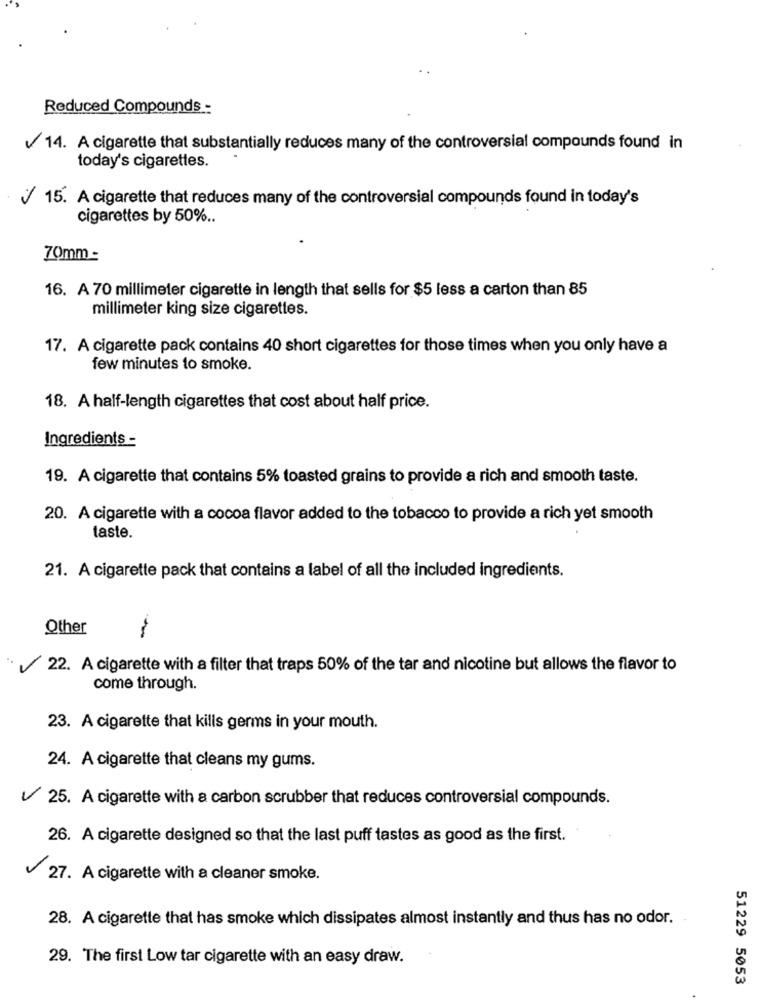
Reduced Compounds -
14. A cigarette that substantially reduces many of the controversial compounds found in
today's cigarettes.
/ 15. A cigarette that reduces many of the controversial compounds found in today's
cigarettes by 50% ..
70mm -
16. A 70 millimeter cigarette in length that sells for $5 less a carton than 85
millimeter king size cigarettes.
17. A cigarette pack contains 40 short cigarettes for those times when you only have a
few minutes to smoke.
18. A half-length cigarettes that cost about half price.
Ingredients -
19. A cigarette that contains 5% toasted grains to provide a rich and smooth taste.
20. A cigarette with a cocoa flavor added to the tobacco to provide a rich yet smooth
taste.
21. A cigarette pack that contains a label of all the included ingredients.
Other
22. A cigarette with a filter that traps 50% of the tar and nicotine but allows the flavor to
come through.
23. A cigarette that kills germs in your mouth.
24. A cigarette that cleans my gums.
25. A cigarette with a carbon scrubber that reduces controversial compounds.
26. A cigarette designed so that the last puff tastes as good as the first.
27. A cigarette with a cleaner smoke.
28. A cigarette that has smoke which dissipates almost instantly and thus has no odor. .
29. The first Low tar cigarette with an easy draw.
51229 5053